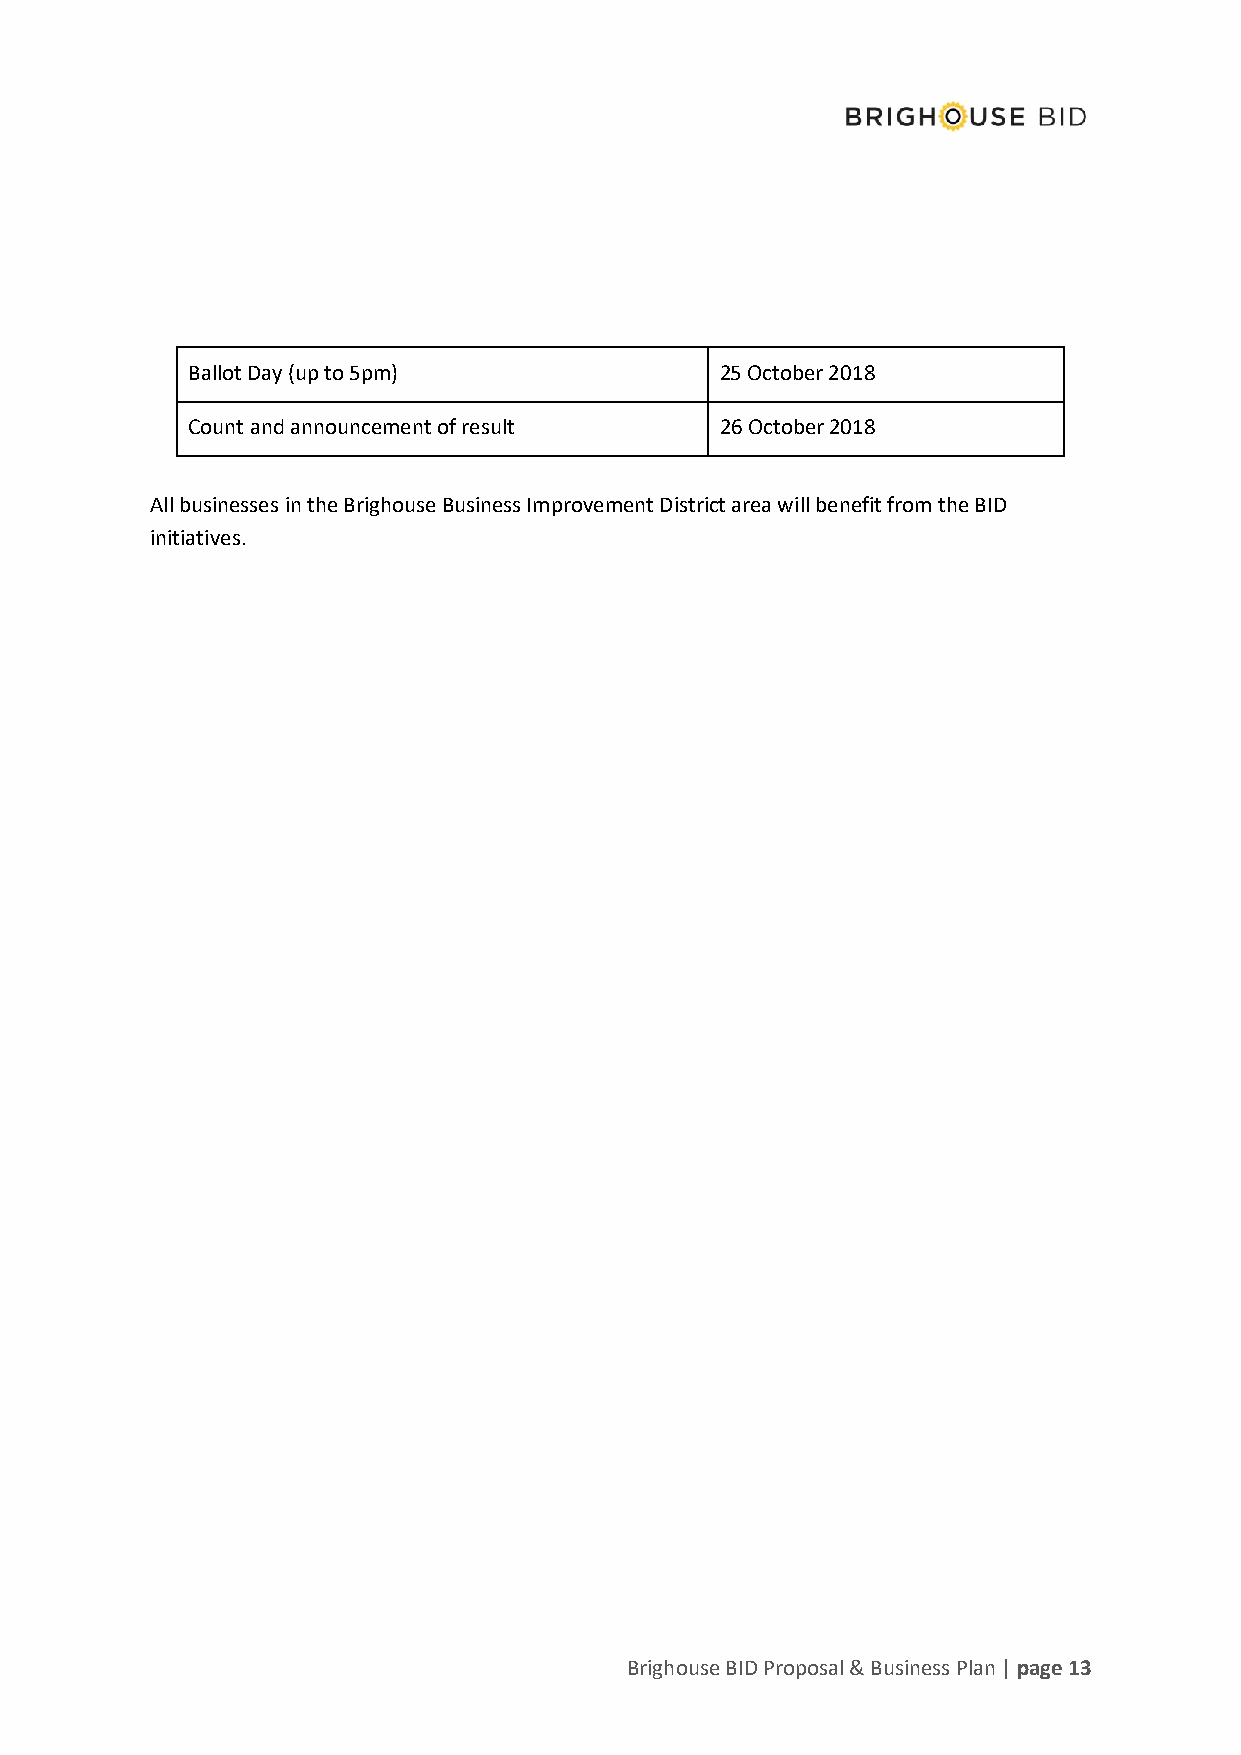
Ballot Day (up to 5pm)              25 October 2018
 Count and announcement of result    26 October 2018
 All businesses in the Brighouse Business Improvement District area will benefit from the BID
 initiatives.
 Brighouse BID Proposal & Business Plan | page 13